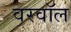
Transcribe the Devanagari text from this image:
वरवॉल